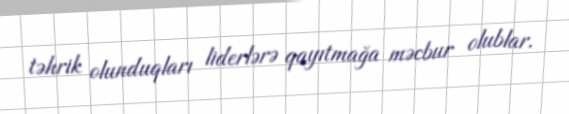
təhrik olunduqları liderlərə qayıtmağa məcbur olublar.